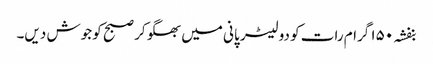
بنفشہ ۱۵۰ گرام رات کو دو لیٹر پانی میں بھگو کر صبح کو جوش دیں۔